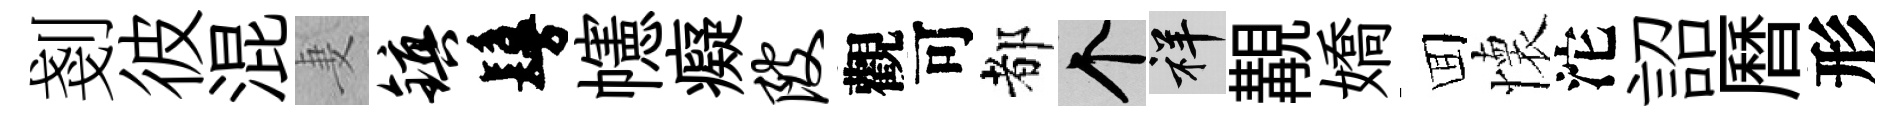
剗彼混妻镇鬘幰癡陂觀可都个祥覯嬌囬懷沱詔曆形